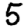
Digit: 5